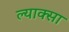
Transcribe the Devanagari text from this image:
ल्याक्सा